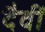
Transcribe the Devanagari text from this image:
दैवीं